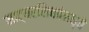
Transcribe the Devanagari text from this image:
नाट्यरसिकांमध्ये